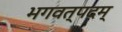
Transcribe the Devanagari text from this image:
भगवत्पदम्